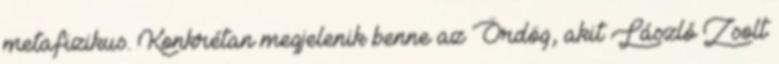
metafizikus. Konkrétan megjelenik benne az Ördög, akit László Zsolt